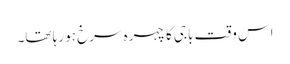
اس وقت باجی کا چہرہ سرخ ہو رہا تھا۔